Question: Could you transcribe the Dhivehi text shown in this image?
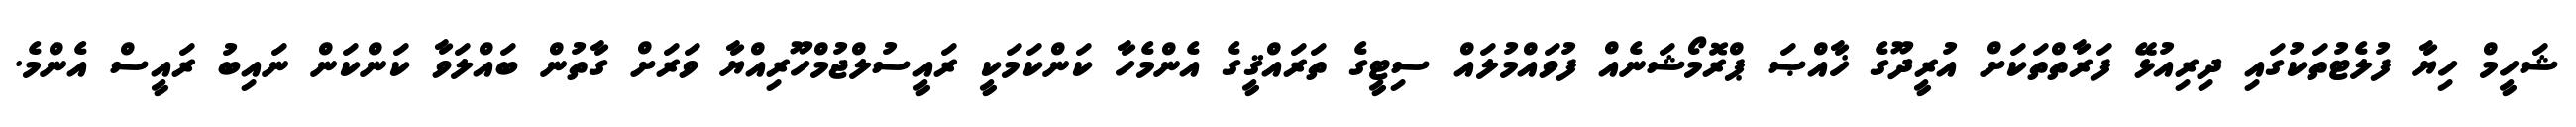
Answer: ޝަހީމް ހިޔާ ފުލެޓުތަކުގައި ދިރިއުޅޭ ފަރާތްތަކަށް އުރީދޫގެ ޚާއްޞަ ޕްރޮމޯޝަނެއް ފުވައްމުލައް ސިޓީގެ ތަރައްޤީގެ އެންމެހާ ކަންކަމަކީ ރައީސުލްޖުމްހޫރިއްޔާ ވަރަށް ގާތުން ބައްލަވާ ކަންކަން ނައިބު ރައީސް އެންމެ.